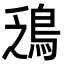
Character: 鴔